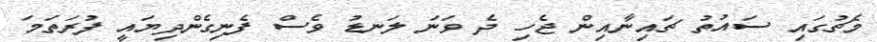
މެޗުގައި ސައުތު ޗައިނާއިން ޖެހި ދެ ވަނަ ލަނޑު ވެސް ފެނިގެންދިޔައީ ފުރަތަމަ